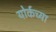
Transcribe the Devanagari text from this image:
योर्कच्या